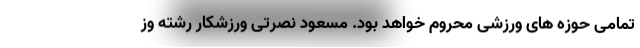
تمامی حوزه های ورزشی محروم خواهد بود. مسعود نصرتی ورزشکار رشته وز